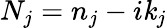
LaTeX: N_{j}=n_{j}-i\mathit{k}_{j}